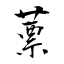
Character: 蔈